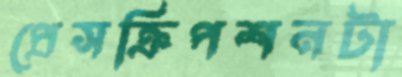
প্রেসক্রিপশনটা